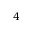
4